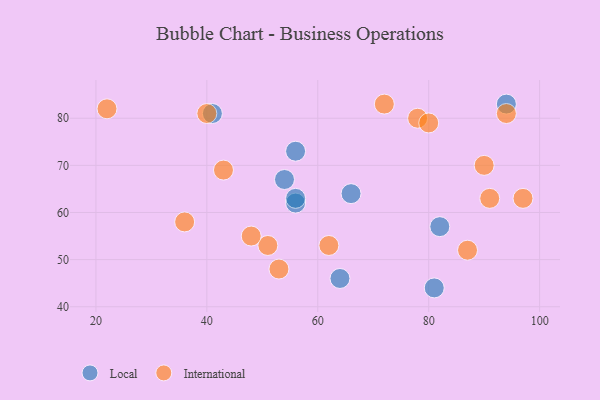
{"axis": {"x": "GDP", "y": "Life Expectancy"}, "legend": ["International", "Local"], "data": [{"x": "81", "y": 44, "type": "Local"}, {"x": "56", "y": 73, "type": "Local"}, {"x": "94", "y": 83, "type": "Local"}, {"x": "64", "y": 46, "type": "Local"}, {"x": "41", "y": 81, "type": "Local"}, {"x": "56", "y": 62, "type": "Local"}, {"x": "66", "y": 64, "type": "Local"}, {"x": "54", "y": 67, "type": "Local"}, {"x": "56", "y": 63, "type": "Local"}, {"x": "82", "y": 57, "type": "Local"}, {"x": "53", "y": 48, "type": "International"}, {"x": "51", "y": 53, "type": "International"}, {"x": "40", "y": 81, "type": "International"}, {"x": "43", "y": 69, "type": "International"}, {"x": "22", "y": 82, "type": "International"}, {"x": "72", "y": 83, "type": "International"}, {"x": "48", "y": 55, "type": "International"}, {"x": "90", "y": 70, "type": "International"}, {"x": "87", "y": 52, "type": "International"}, {"x": "62", "y": 53, "type": "International"}, {"x": "78", "y": 80, "type": "International"}, {"x": "97", "y": 63, "type": "International"}, {"x": "36", "y": 58, "type": "International"}, {"x": "91", "y": 63, "type": "International"}, {"x": "80", "y": 79, "type": "International"}, {"x": "94", "y": 81, "type": "International"}]}